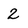
Character: 2